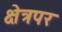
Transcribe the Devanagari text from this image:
क्षेत्रपर